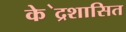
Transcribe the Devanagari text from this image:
के॓द्रशासित